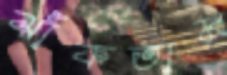
ঝাঁকতাম